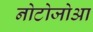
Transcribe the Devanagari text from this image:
नोटोजोआ